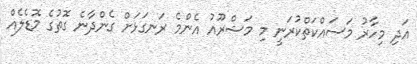
އަދި މިހާރު މަސައްކަތްކުރަނީ މި މަޝްރޫއު އެންމެ ރަނގަޅަށް ގެންދާނެ ގޮތުގެ މޮޑެލެއް